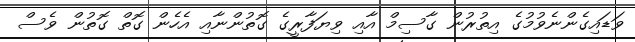
ވަޑައިގެންނެވުމުގެ އިތުރުން ގާސިމް އާއި ވިޔަފާރީގެ ގޮތުންނާއި އެހެން ގޮތް ގޮތުން ވެސް